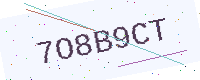
Text: 7O8B9CT